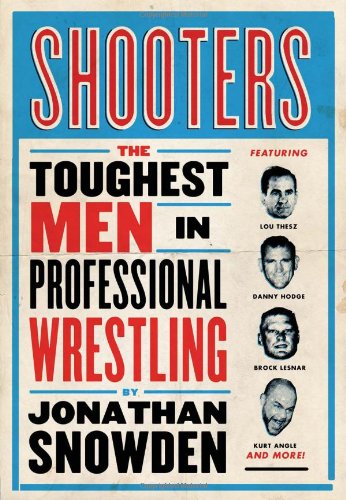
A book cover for Shooters: The Toughest Men in Professional Wrestling; Jonathan Snowden; Sports & Outdoors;